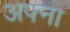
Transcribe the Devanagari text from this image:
अफ्ना